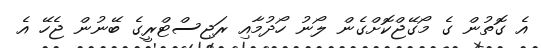
އެ ގޮތުން ގެ މޯގޭޖްކޮށްގެން ލޯނު ހޯދުމާއި ރަޖިސްޓްރީގެ ބޭނުން ޖެހޭ އެ